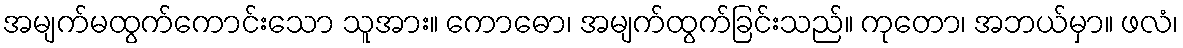
အမျက်မထွက်ကောင်းသော သူအား။ ကောဓော၊ အမျက်ထွက်ခြင်းသည်။ ကုတော၊ အဘယ်မှာ။ ဖလံ၊